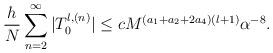
LaTeX: \begin{align*}\frac{h}{N}\sum_{n=2}^{\infty}|T_0^{l,(n)}|\le c M^{(a_1+a_2+2a_4)(l+1)}\alpha^{-8}.\end{align*}